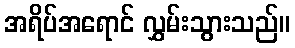
အရိပ်အရောင် လွှမ်းသွားသည်။